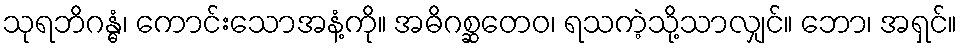
သုရဘိဂန္ဓံ၊ ကောင်းသောအနံ့ကို။ အဓိဂစ္ဆတေဝ၊ ရသကဲ့သို့သာလျှင်။ ဘော၊ အရှင်။